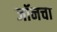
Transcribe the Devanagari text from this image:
जॉनचा